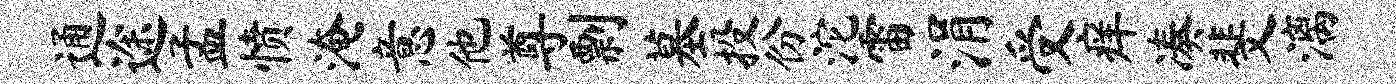
通途孟愤淹意他尊剽墓投份沱雷涓受痒凑斐漓